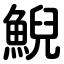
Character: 鯢